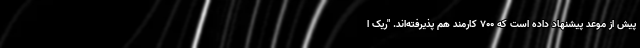
پیش از موعد پیشنهاد داده است که ۷۰۰ کارمند هم پذیرفته‌اند. "ریک ا